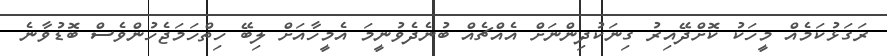
ރަގަޅުކަމެއް މީހަކު ކޮށްދޭއިރު ގިނަކުދިންނަށް އެއްޗެއް ބުނެދެވުނީމަ އެމީހާއަށް ލިބޭ ހިތްހަމަޖެހުންވެސް ބޮޑުވާނެ